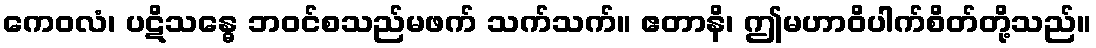
ကေဝလံ၊ ပဋိသန္ဓေ ဘဝင်စသည်မဖက် သက်သက်။ ဧတာနိ၊ ဤမဟာဝိပါက်စိတ်တို့သည်။